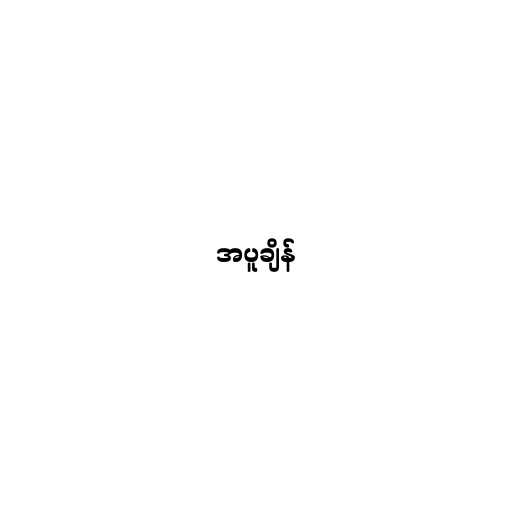
အပူချိန်